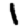
Digit: 1